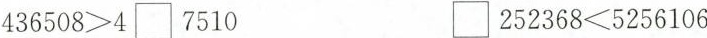
$$4 3 6 5 0 8 > 4 \Box 7 5 1 0$$ $$\Box 2 5 2 3 6 8 < 5 2 5 6 1 0 6$$